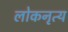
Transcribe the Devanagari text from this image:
लोकनृत्‍य